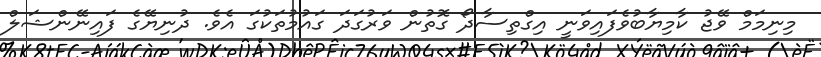
މިނިމަމް ވޭޖު ކާމިޔާބުވެފައިވަނީ އިގްތިސާދޯ ގޮތުން ވަރުގަދަ ގައުމުތަކުގަ އެވެ. ދުނިޔޭގެ ފައިނޭންޝަލް